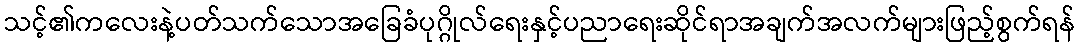
သင့်၏ကလေးနဲ့ပတ်သက်သောအခြေခံပုဂ္ဂိုလ်ရေးနှင့်ပညာရေးဆိုင်ရာအချက်အလက်များဖြည့်စွက်ရန်